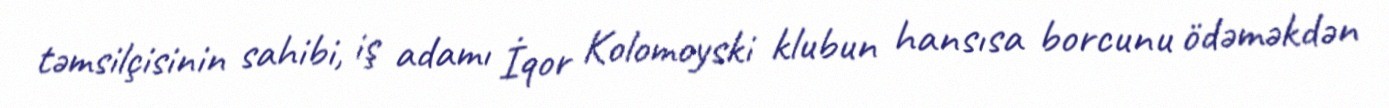
təmsilçisinin sahibi, iş adamı İqor Kolomoyski klubun hansısa borcunu ödəməkdən